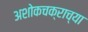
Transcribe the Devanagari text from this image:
अशोकचक्राच्या